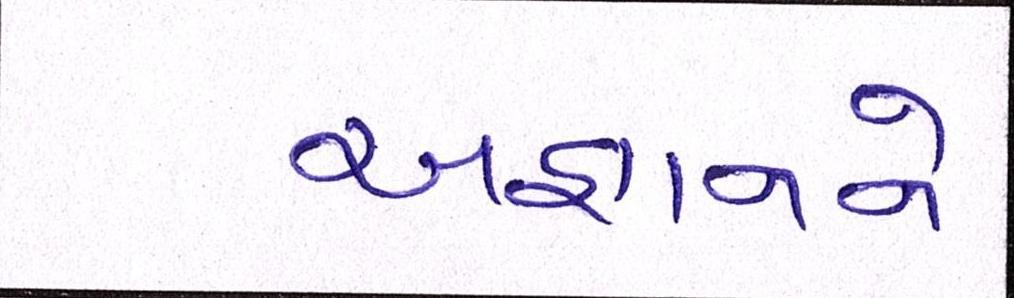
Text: અજ્ઞાનને